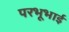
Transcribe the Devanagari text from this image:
परभूभाई